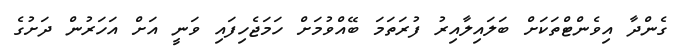
ގެންދާ އިވެންޓްތަކަށް ބަލައިލާއިރު ފުރަތަމަ ބޭއްވުމަށް ހަމަޖެހިފައި ވަނީ އަށް އަހަރުން ދަށުގެ